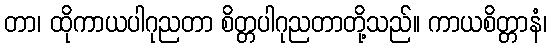
တာ၊ ထိုကာယပါဂုညတာ စိတ္တပါဂုညတာတို့သည်။ ကာယစိတ္တာနံ၊